Voisiku_vallavalitsus, lk 34
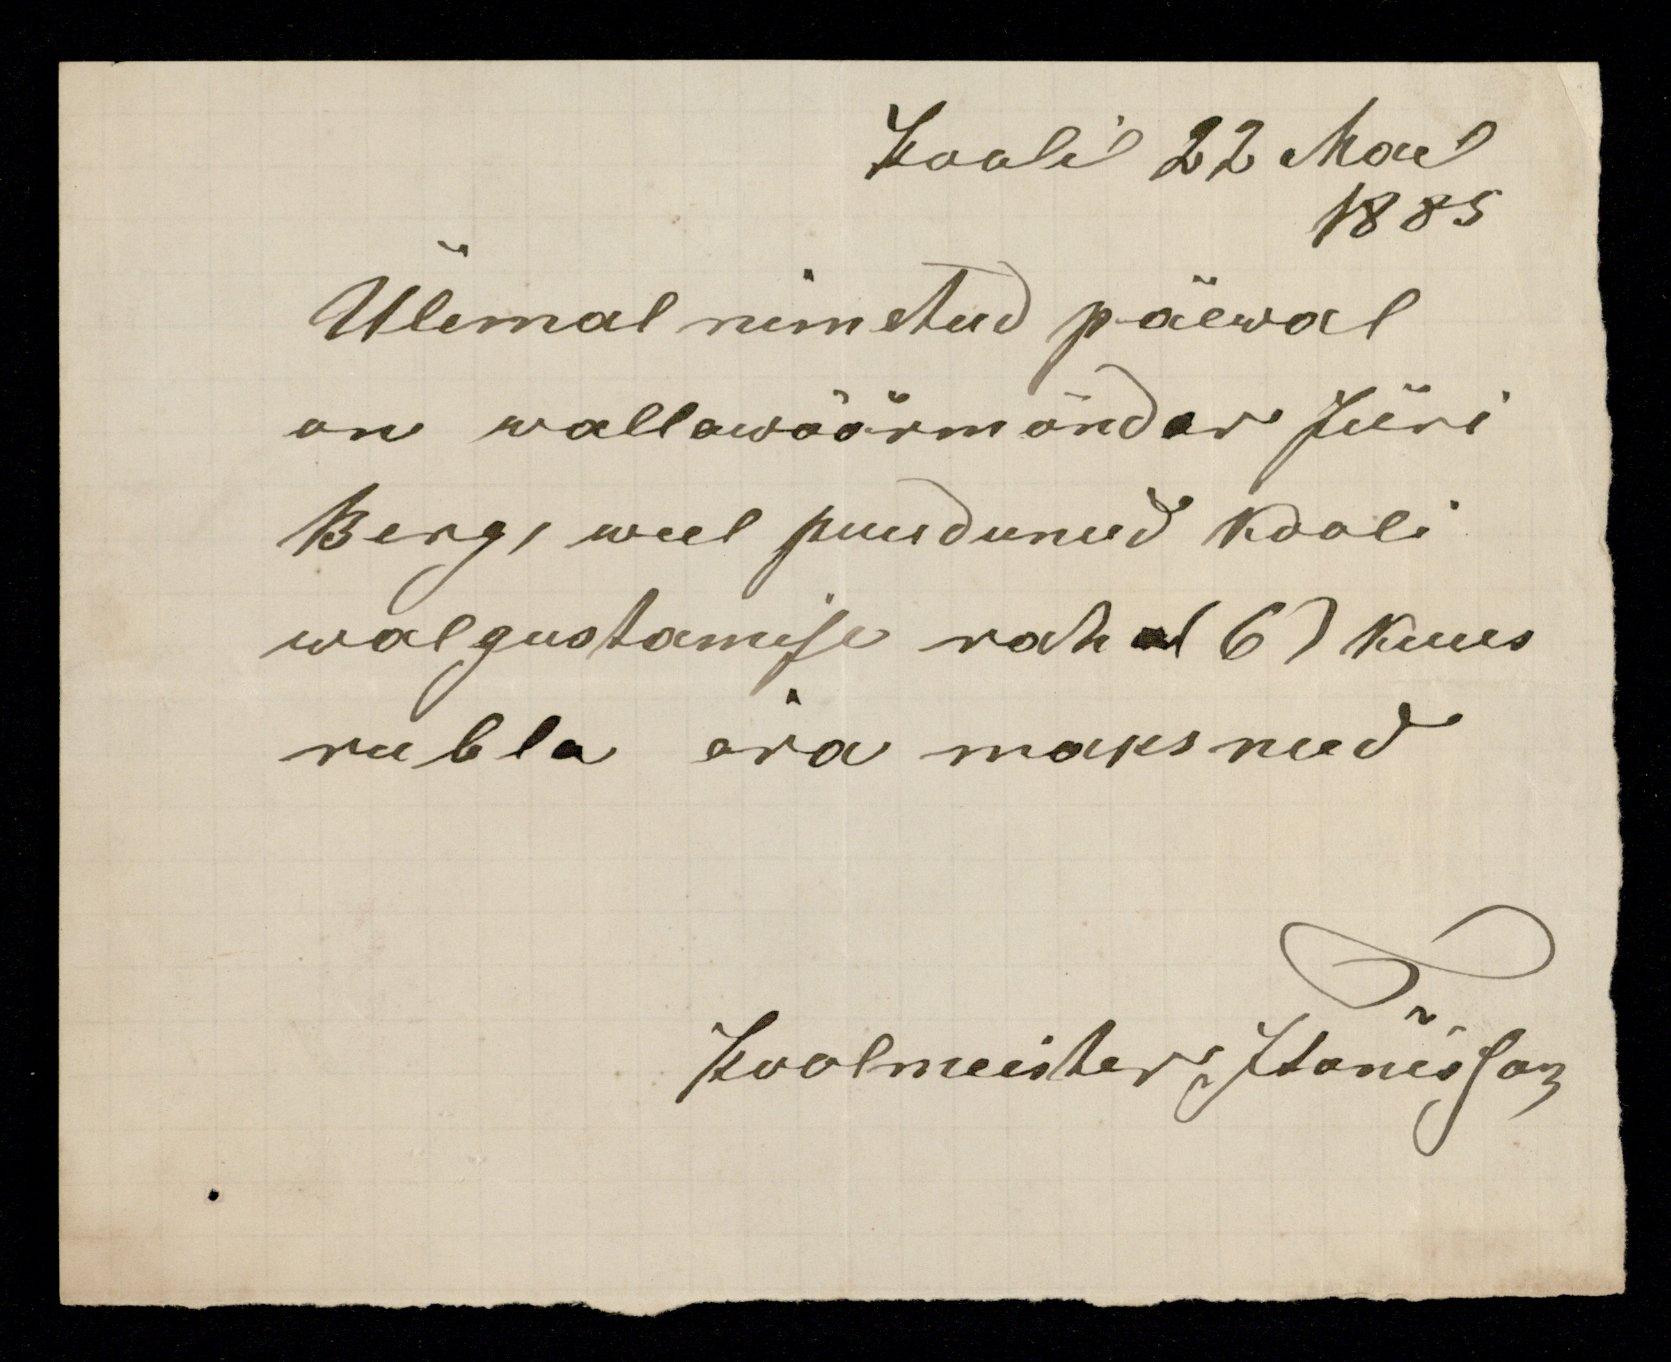
Kooli 22 Mail
1885
Ülemal nimetud päewal
on wallawöörmönder Jüri
Berg, weel puudunud kooli
walgustamise raha (6) kuus
rubla ära maksnud.
Koolmeister Jtonisson